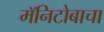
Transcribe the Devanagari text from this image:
मॅनिटोबाचा